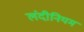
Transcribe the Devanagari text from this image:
लंदीनियम